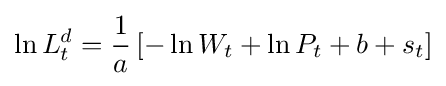
\ln {L_{t}^{d}}={\frac {1}{a}}\left[-\ln {W_{t}}+\ln {P_{t}}+b+s_{t}\right]